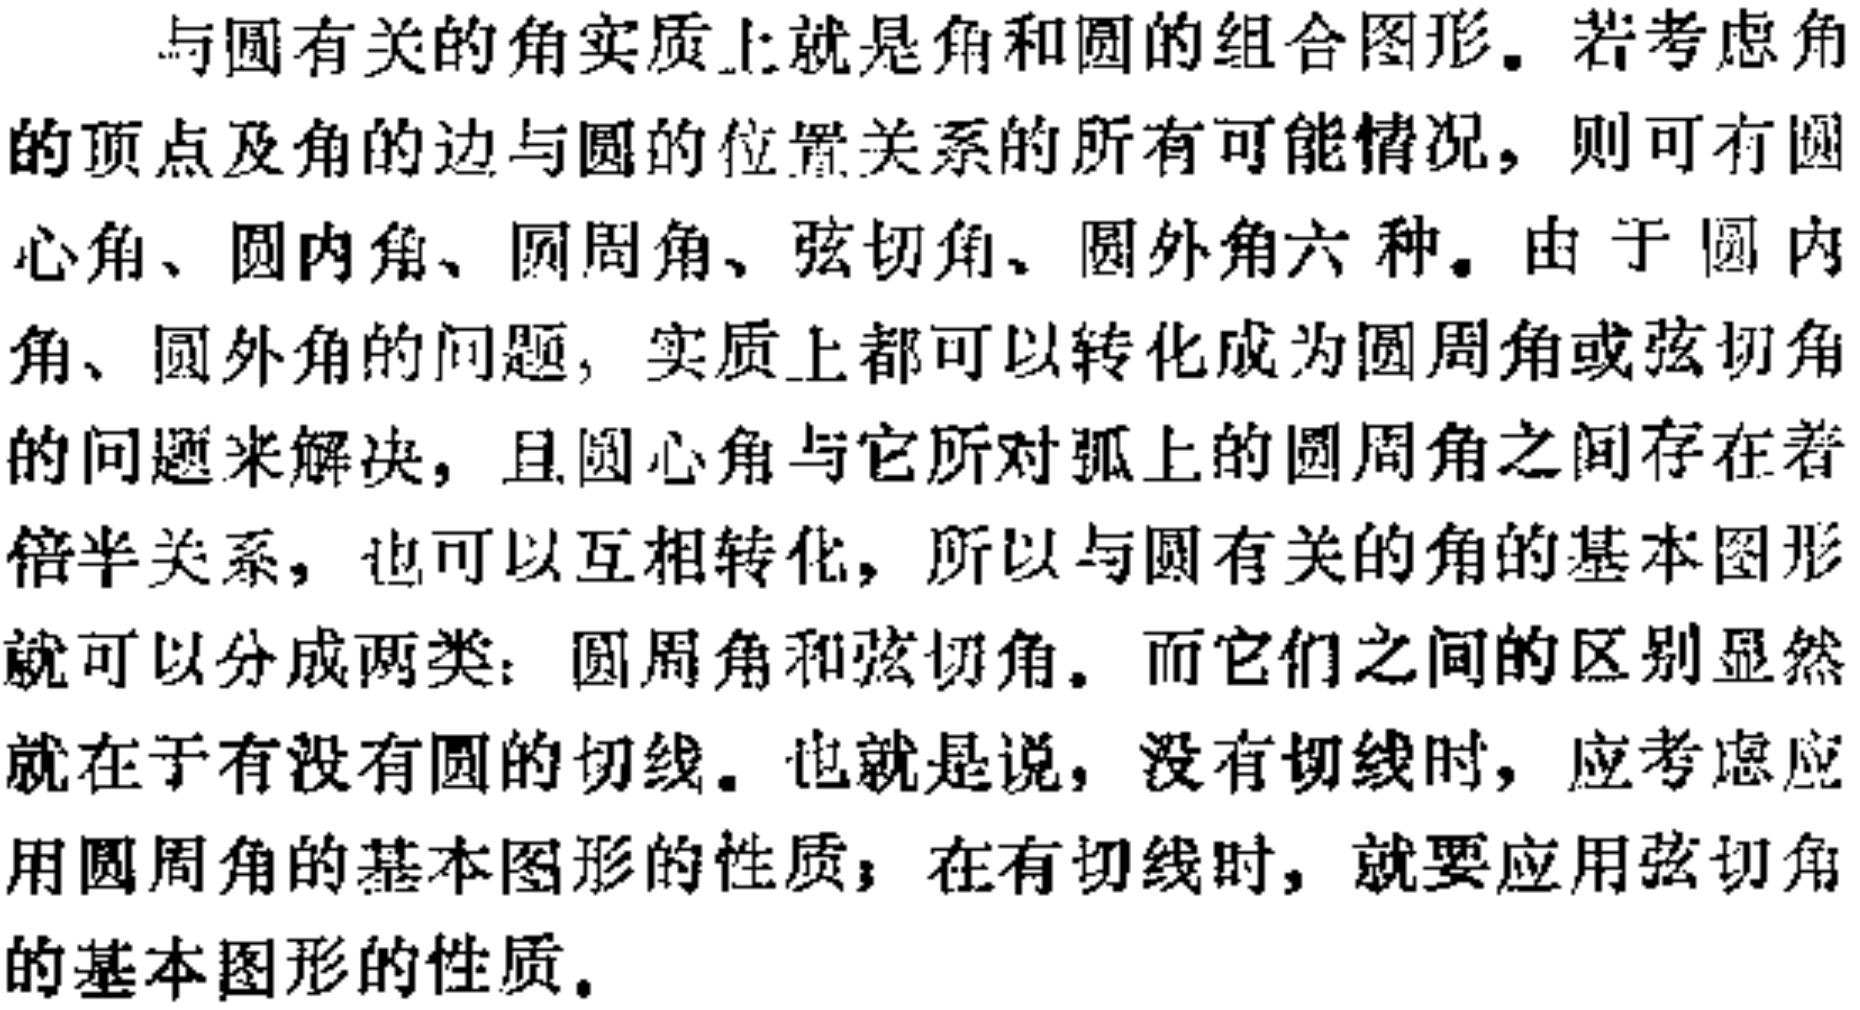
与圆有关的角实质上就是角和圆的组合图形。若考虑角的顶点及角的边与圆的位置关系的所有可能情况，则可有圆心角、圆内角、圆周角、弦切角、圆外角六种。由于圆内角、圆外角的问题，实质上都可以转化成为圆周角或弦切角的问题来解决，且圆心角与它所对弧上的圆周角之间存在着倍半关系，也可以互相转化，所以与圆有关的角的基本图形就可以分成两类：圆周角和弦切角。而它们之间的区别显然就在于有没有圆的切线。也就是说，没有切线时，应考虑应用圆周角的基本图形的性质；在有切线时，就要应用弦切角的基本图形的性质。